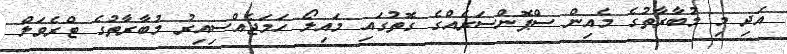
އަދި މި މުބާރާތުގެ މެއިން ސްޕޮންސަރެއްގެ ގޮތުގައި މައިލޯ ހަމަޖެއްސިއިރު މުބާރާތުގެ ޓްރެވަލް